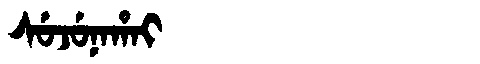
Manchu: ᠰᡠᠵᡠᠨᠠᡥᠠᡳ
Romanization: SUJUNAHAI